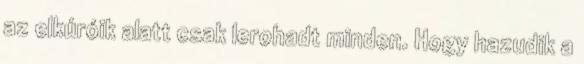
az elkúróik alatt csak lerohadt minden. Hogy hazudik a